Annual statistical returns and brief notes on vaccination in Bengal - 1909-1929
Year: 1909
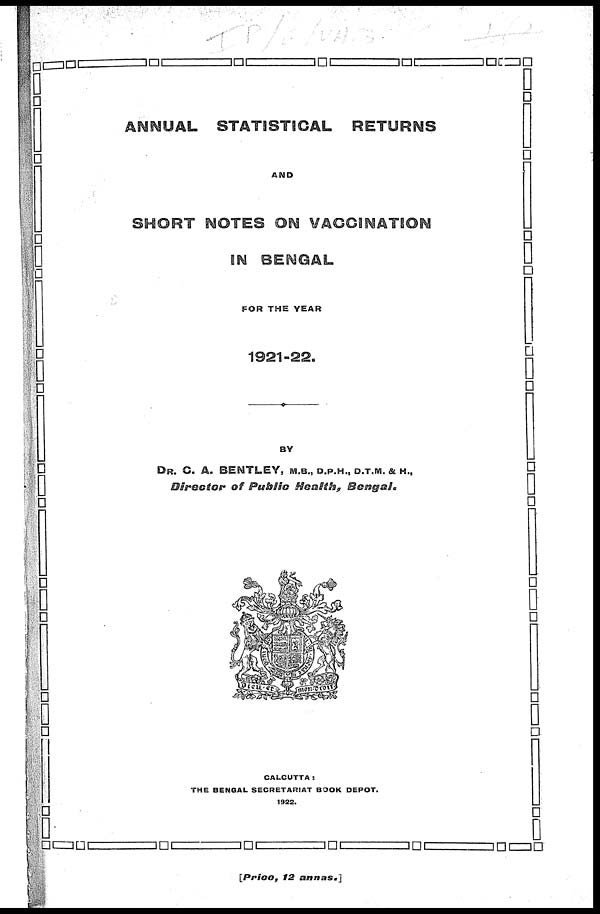
ANNUAL STATISTICAL
RETURNS
AND
SHORT NOTES ON VACCINATION
IN BENGAL
FOR THE YEAR
1921-22.
BY
DR. C. A. BENTLEY, M.B., D.P.H., D.T.M. & H.,
Director
of Public Health,
Bengal.
CALCUTTA:
THE BENGAL SECRETARIAT BOOK DEPOT.
1922.
[Price,
12
annas.]